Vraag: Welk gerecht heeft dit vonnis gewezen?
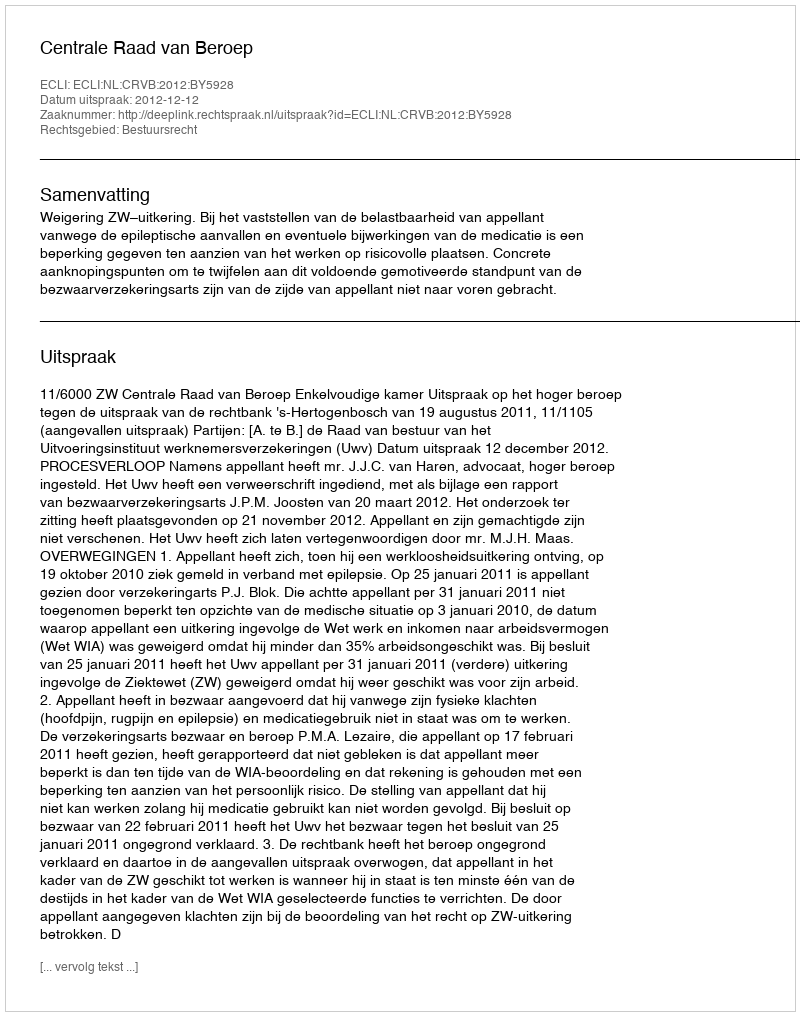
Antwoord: Centrale Raad van Beroep